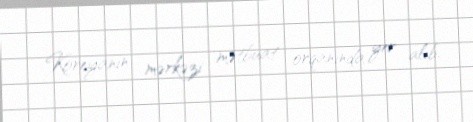
Koreyanın mərkəzi mətbuat orqanında yer alıb.